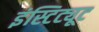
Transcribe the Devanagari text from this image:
इंस्टिट्यूट